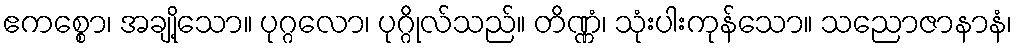
ဧကစ္စော၊ အချို့သော။ ပုဂ္ဂလော၊ ပုဂ္ဂိုလ်သည်။ တိဏ္ဏံ၊ သုံးပါးကုန်သော။ သညောဇာနာနံ၊